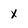
Character: x